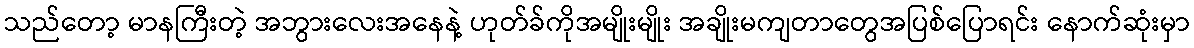
သည်တော့ မာနကြီးတဲ့ အဘွားလေးအနေနဲ့ ဟုတ်ခ်ကိုအမျိုးမျိုး အချိုးမကျတာတွေအပြစ်ပြောရင်း နောက်ဆုံးမှာ